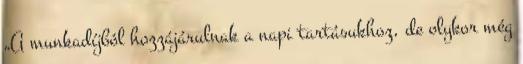
„A munkadíjból hozzájárulnak a napi tartásukhoz, de olykor még